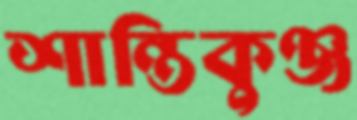
শান্তিকুঞ্জ